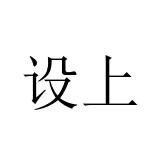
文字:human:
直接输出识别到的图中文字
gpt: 设上